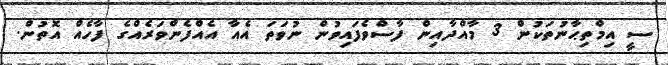
ސީ އިމްތިޙާނުތަކުން 3 މާއްދާއިން ފާސްވެފައިވުން ނުވަތަ އެއާ އެއްފެންވަރެއްގެ ފާހެއް އޮތުން.